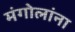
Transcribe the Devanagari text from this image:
मंगोलांना